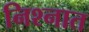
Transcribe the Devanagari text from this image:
निश्नात